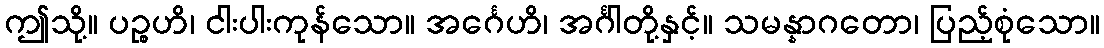
ဤသို့။ ပဉ္စဟိ၊ ငါးပါးကုန်သော။ အင်္ဂေဟိ၊ အင်္ဂါတို့နှင့်။ သမန္နာဂတော၊ ပြည့်စုံသော။